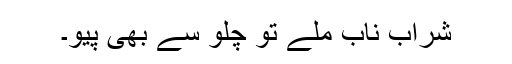
شرابِ ناب ملے تو چُلّو سے بھی پیو۔